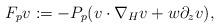
LaTeX: \begin{align*} F_pv := -P_p(v\cdot\nabla_Hv + w\partial_zv),\end{align*}